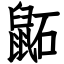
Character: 鼫